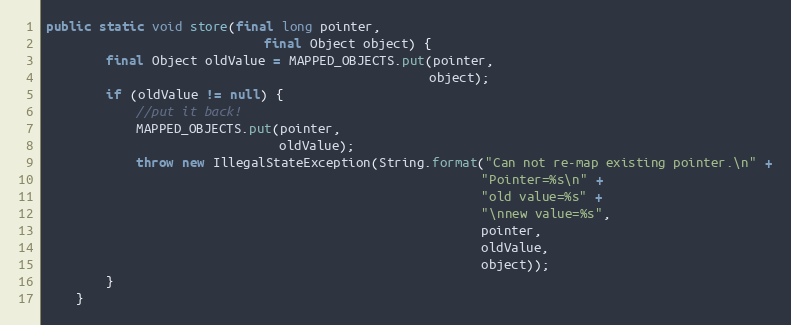
Language: Java
public static void store(final long pointer,
                             final Object object) {
        final Object oldValue = MAPPED_OBJECTS.put(pointer,
                                                   object);
        if (oldValue != null) {
            //put it back!
            MAPPED_OBJECTS.put(pointer,
                               oldValue);
            throw new IllegalStateException(String.format("Can not re-map existing pointer.\n" +
                                                          "Pointer=%s\n" +
                                                          "old value=%s" +
                                                          "\nnew value=%s",
                                                          pointer,
                                                          oldValue,
                                                          object));
        }
    }